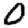
Digit: 0